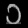
Digit: ၁